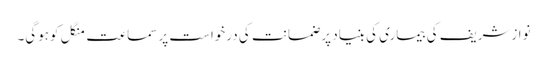
نوازشریف کی بیماری کی بنیاد پر ضمانت کی درخواست پر سماعت منگل کوہوگی۔